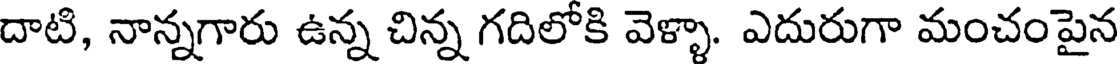
దాటి, నాన్నగారు ఉన్న చిన్న గదిలోకి వెళ్ళా. ఎదురుగా మంచంపైన